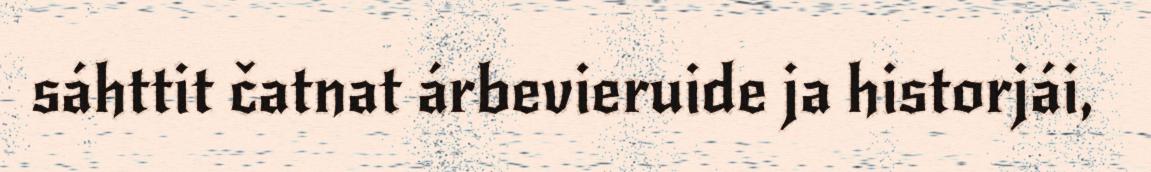
sáhttit čatnat árbevieruide ja historjái,